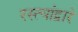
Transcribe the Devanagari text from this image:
रस्त्यांद्वारे